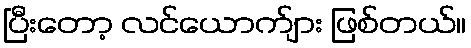
ပြီးတော့ လင်ယောက်ျား ဖြစ်တယ်။